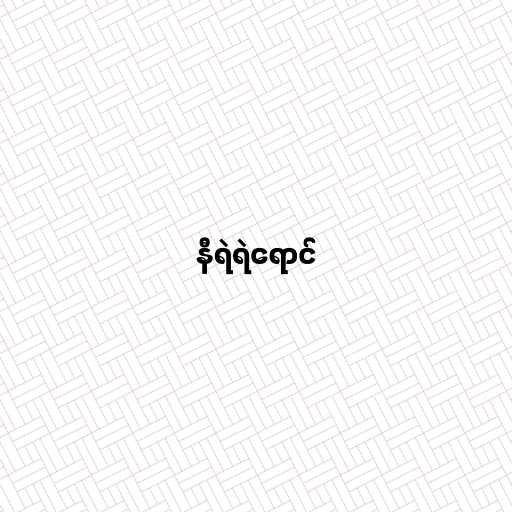
နီရဲရဲရောင်